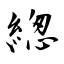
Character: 緫